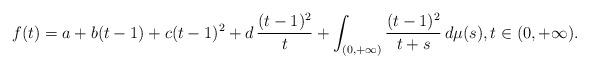
LaTeX: \begin{align*}f(t)=a+b(t-1)+c(t-1)^2+d\,{(t-1)^2\over t}+\int_{(0,+\infty)}{(t-1)^2\over t+s}\,d\mu(s),t\in(0,+\infty).\end{align*}